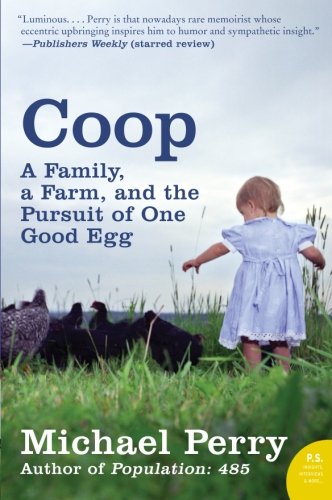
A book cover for Coop: A Year of Poultry, Pigs, and Parenting; Michael Perry; Humor & Entertainment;